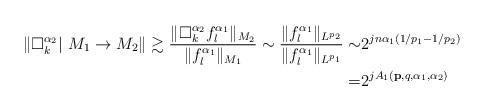
LaTeX: \begin{align*} \left\|\Box_k^{\alpha_2}|~M_1\rightarrow M_2\right\| \gtrsim \frac{\|\Box_k^{\alpha_2} f_l^{\alpha_1}\|_{M_2}}{\|f_l^{\alpha_1}\|_{M_1}} \sim\frac{\|f_l^{\alpha_1}\|_{L^{p_2}}}{\|f_l^{\alpha_1}\|_{L^{p_1}}} \sim&2^{jn\alpha_1(1/p_1-1/p_2)} \\=& 2^{jA_1(\mathbf{p},q,\alpha_1,\alpha_2)}\end{align*}